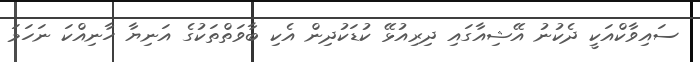
ސައިވާކްއަކީ ދެކުނު އޭޝިއާގައި ދިރިއުޅޭ ކުޑަކުދިން އެކި ބާވަތްތަކުގެ އަނިޔާ ހާނިއްކަ ނަހަމަ